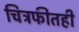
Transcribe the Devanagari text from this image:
चित्रफीतही